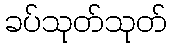
ခပ်သုတ်သုတ်